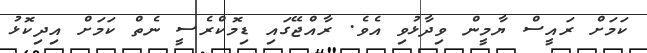
ކަމަށް ރައީސް ޔާމީން ވިދާޅުވި އެވެ. ރާއްޖޭގައި ޑިމޮކްރެސީ ނެތް ކަމަށް އިދިކޮޅު